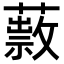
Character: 𦿎